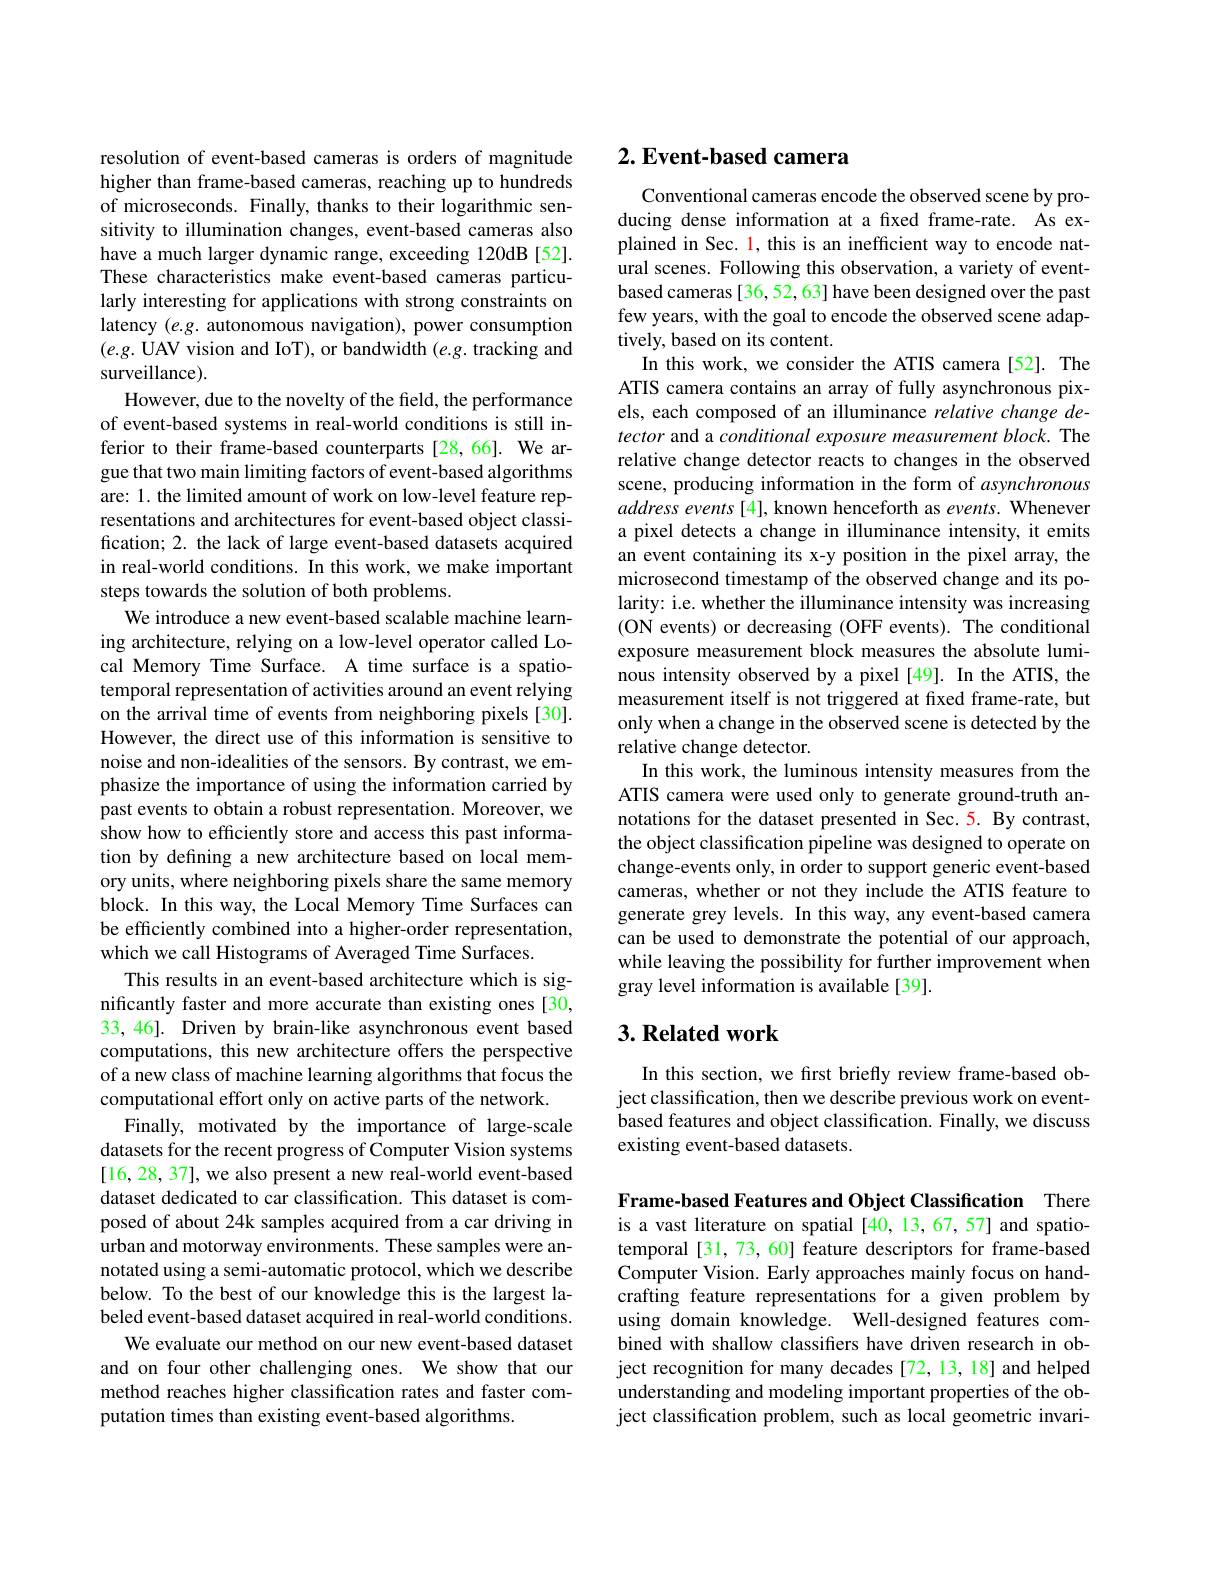
resolution of event-based cameras is orders of magnitude higher than frame-based cameras, reaching up to hundreds of microseconds. Finally, thanks to their logarithmic sensitivity to illumination changes, event-based cameras also have a much larger dynamic range, exceeding 120dB [52]. These characteristics make event-based cameras particularly interesting for applications with strong constraints on latency $(e.g.$ autonomous navigation), power consumption $(e.g.$UAV vision and IoT), or bandwidth $(e.g.$ tracking and surveillance).
However, due to the novelty of the field, the performance of event-based systems in real-world conditions is still inferior to their frame-based counterparts [28,66]. We argue that two main limiting factors of event-based algorithms are: 1. the limited amount of work on low-level feature representations and architectures for event-based object classification; 2. the lack of large event-based datasets acquired in real-world conditions. In this work, we make important steps towards the solution of both problems.
We introduce a new event-based scalable machine learning architecture, relying on a low-level operator called Local Memory Time Surface. A time surface is a spatiotemporal representation of activities around an event relying on the arrival time of events from neighboring pixels [30]. However, the direct use of this information is sensitive to noise and non-idealities of the sensors. By contrast, we emphasize the importance of using the information carried by past events to obtain a robust representation. Moreover, we show how to efficiently store and access this past information by defining a new architecture based on local memory units, where neighboring pixels share the same memory block. In this way, the Local Memory Time Surfaces can be efficiently combined into a higher-order representation, which we call Histograms of Averaged Time Surfaces.
This results in an event-based architecture which is significantly faster and more accurate than existing ones [30, 33, 46]. Driven by brain-like asynchronous event based computations, this new architecture offers the perspective of a new class of machine learning algorithms that focus the computational effort only on active parts of the network.
Finally, motivated by the importance of large-scale datasets for the recent progress of Computer Vision systems [16,28, 37], we also present a new real-world event-based dataset dedicated to car classification. This dataset is composed of about 24k samples acquired from a car driving in urban and motorway environments. These samples were annotated using a semi-automatic protocol, which we describe below. To the best of our knowledge this is the largest labeled event-based dataset acquired in real-world conditions.
We evaluate our method on our new event-based dataset and on four other challenging ones. We show that our method reaches higher classification rates and faster computation times than existing event-based algorithms.

# 2. Event-based camera

Conventional cameras encode the observed scene by producing dense information at a fıxed frame-rate. As explained in Sec. l, this is an inefficient way to encode natural scenes. Following this observation, a variety of eventbased cameras [36,52,63] have been designed over the past few years, with the goal to encode the observed scene adaptively, based on its content.
In this work, we consider the ATIS camera[52]. The ATIS camera contains an array of fully asynchronous pixels, each composed of an illuminance relative change detector and a conditional exposure measurement block. The relative change detector reacts to changes in the observed scene, producing information in the form of asynchronous address events [4], known henceforth as events. Whenever a pixel detects a change in illuminance intensity, it emits an event containing its x-y position in the pixel array, the microsecond timestamp of the observed change and its polarity: i.e. whether the illuminance intensity was increasing (ON events) or decreasing (OFF events). The conditional exposure measurement block measures the absolute luminous intensity observed by a pixel [49]. In the ATIS, the measurement itself is not triggered at frame-rate, but only when a change in the observed scene is detected by the relative change detector.
In this work, the luminous intensity measures from the ATIS camera were used only to generate ground-truth annotations for the dataset presented in Sec.5. By contrast, the object classification pipeline was designed to operate on change-events only, in order to support generic event-based cameras, whether or not they include the ATIS feature to generate grey levels. In this way, any event-based camera can be used to demonstrate the potential of our approach, while leaving the possibility for further improvement when gray level information is available [39].

## $3. \textbf{Related work}$

In this section, we first briefly review frame-based object classification, then we describe previous work on eventbased features and object classification. Finally, we discuss existing event-based datasets.

Frame-based Features and Object Classification There is a vast literature on spatial [40,13,67,57] and spatiotemporal [31, 73, 60] feature descriptors for frame-based Computer Vision. Early approaches mainly focus on handcrafting feature representations for a given problem by using domain knowledge. Well-designed features combined with shallow classifiers have driven research in object recognition for many decades [72, 13, 18] and helped understanding and modeling important properties of the object classification problem, such as local geometric invari-